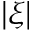
| \xi |